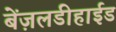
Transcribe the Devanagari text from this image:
बेंज़लडीहाईड